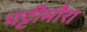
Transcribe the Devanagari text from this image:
पट्टीमौरा